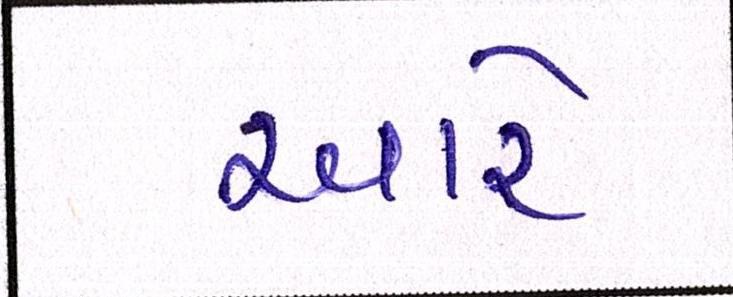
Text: આરે